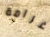
غرامة